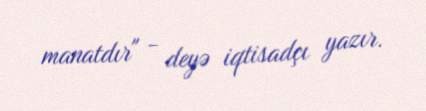
manatdır" - deyə iqtisadçı yazır.